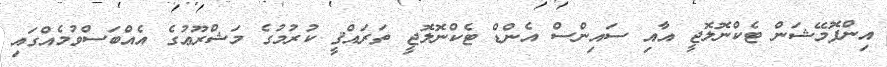
އިންފޮމޭޝަން ޓެކްނޮލޮޖީ އާއި ސައިންސް އެންޑް ޓެކްނޮލޮޖީ ތަރައްޤީ ކުރުމުގެ މަޝްރޫޢުގެ އެއްބަސްވުމެއްގައި